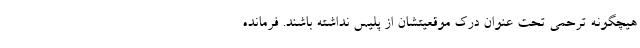
هیچگونه ترحمی تحت عنوان درک موقعیتشان از پلیس نداشته باشند. فرمانده